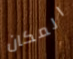
المكان